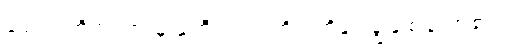
ဗျောသံတို့အကြားမှ နှဲကြီးက တတိတတိနှင့် ချွဲနွဲ့ စပြုလာ၏။